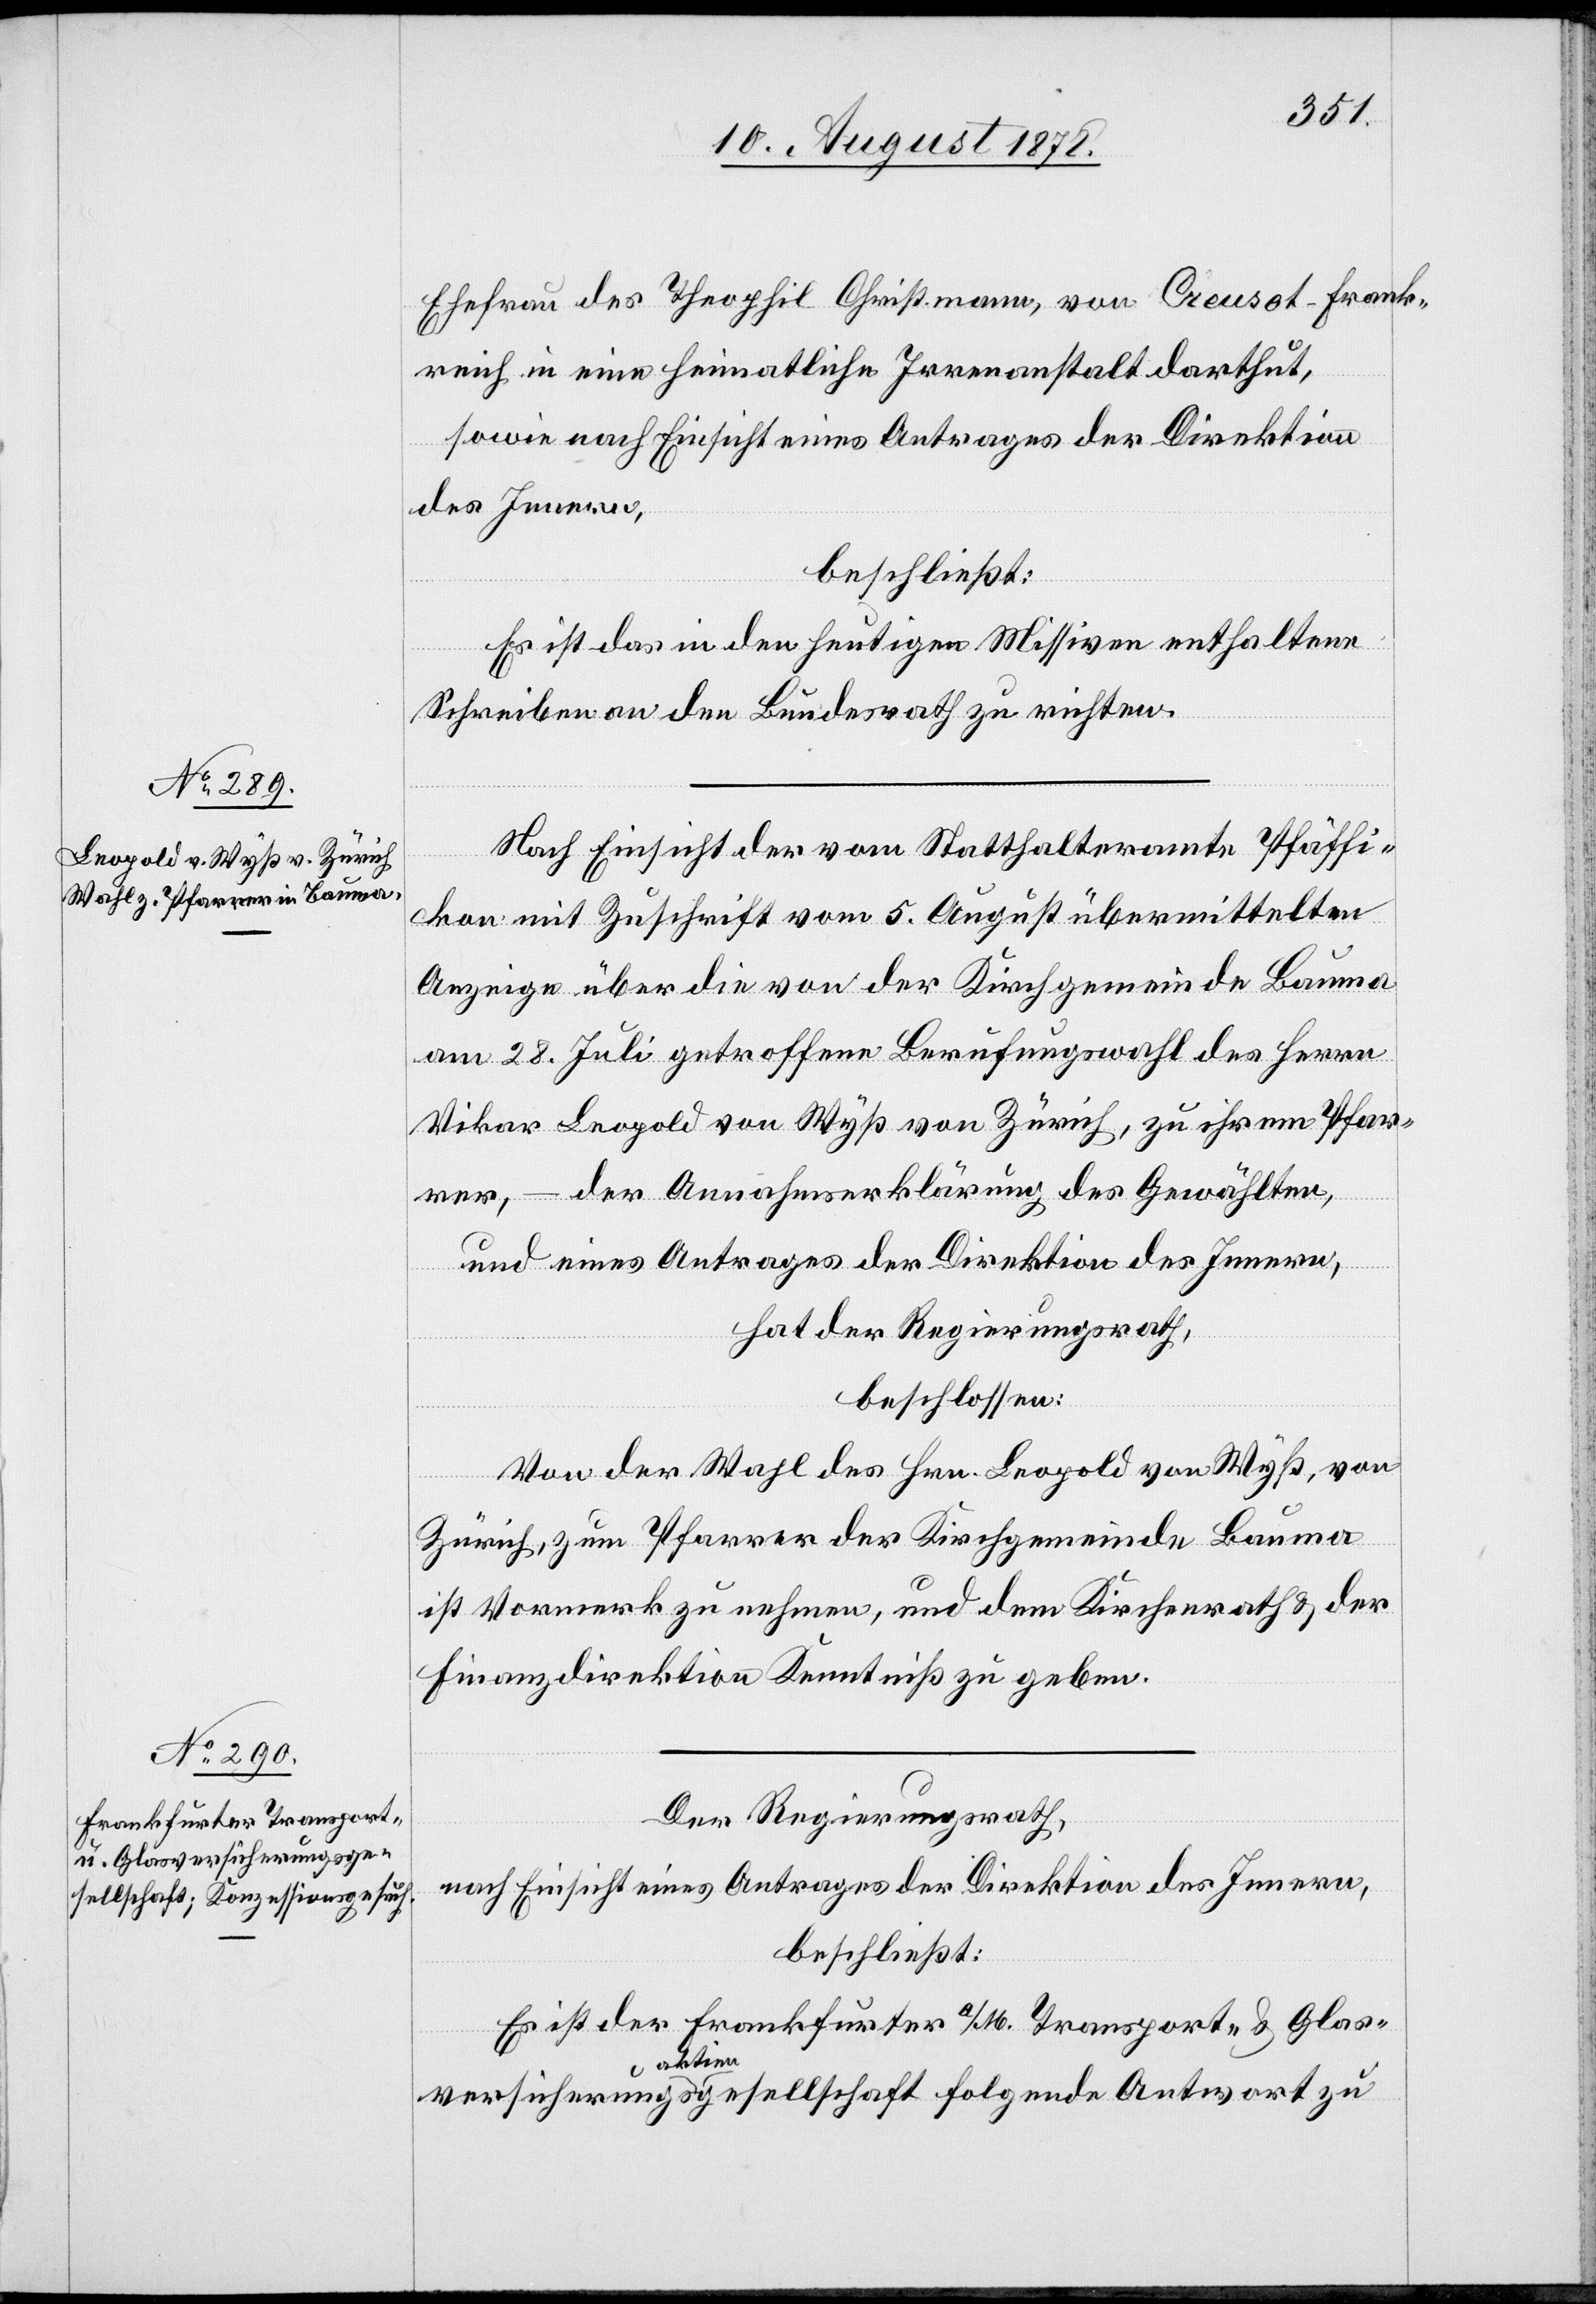
Ehefrau des Theophil Christmann, von Creusot - Frank¬
reich in eine heimatliche Irrenanstalt darthut,
sowie nach Einsicht eines Antrages der Direktion
des Innern,
beschließt:
Es ist das in den heutigen Missiven enthaltene
Schreiben an den Bundesrath zu richten.
kon mit Zuschrift vom 5. August übermittelten
Anzeige über die von der Kirchgemeinde Bauma
am 28. Juli getroffene Berufungswahl des Herrn
Vikar Leopold von Wyß von Zürich, zu ihrem Pfar¬
rer, – der Annahmserklärung des Gewählten,
und eines Antrages der Direktion des Innern,
fi¬
hat der Regierungsrath,
beschlossen:
Von der Wahl des Hrn. Leopold von Wyß, von
Zürich, zum Pfarrer der Kirchgemeinde Bauma
ist Vormerk zu nehmen, und dem Kirchenrath & der
Finanzdirektion Kenntniß zu geben.
Der Regierungsrath,
nach Einsicht eines Antrages der Direktion des Innern,
beschließt:
Es ist der Frankfurter a/M. Transport- & Glas¬
versicherungsa-aktien-agesellschaft folgende Antwort zu